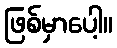
ဖြစ်မှာပေါ့။